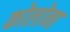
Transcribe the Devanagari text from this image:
कोलोना